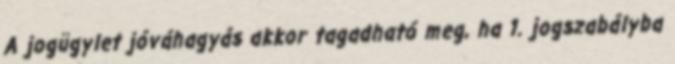
A jogügylet jóváhagyás akkor tagadható meg, ha 1. jogszabályba